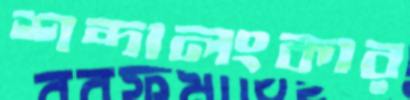
শব্দালংকার